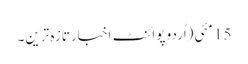
15 مئی(اُردو پوائنٹ اخبارتازہ ترین۔